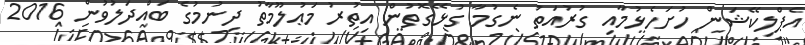
އެޕްލިކޭޝަން ހުށަހެޅުމާއި ގުރުއަތު ނެގުމާ ގުޅޭގޮތުން އިތުރު މަޢުލޫމާތު ދިނުމުގެ ބައްދަލުވުން 2016